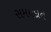
સમયદાન